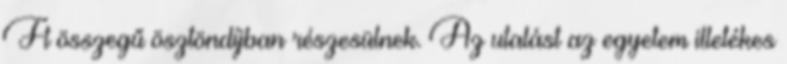
Ft összegű ösztöndíjban részesülnek. Az utalást az egyetem illetékes